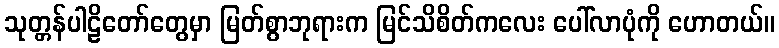
သုတ္တန်ပါဠိတော်တွေမှာ မြတ်စွာဘုရားက မြင်သိစိတ်ကလေး ပေါ်လာပုံကို ဟောတယ်။